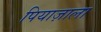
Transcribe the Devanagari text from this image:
पियाज़ाला